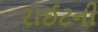
રાઈટની